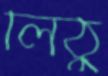
লিঠু